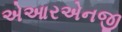
એઆરએનજી